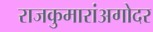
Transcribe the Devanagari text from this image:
राजकुमारांअगोदर